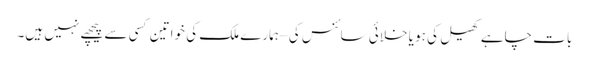
بات چاہے کھیل کی ہو یا خلائی سائنس کی – ہمارے ملک کی خواتین کسی سے پیچھے نہیں ہیں۔